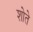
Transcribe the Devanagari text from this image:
शोते